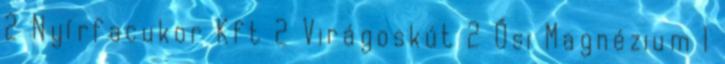
2 Nyírfacukor Kft 2 Virágoskút 2 Ősi Magnézium 1